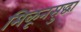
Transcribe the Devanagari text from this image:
मिळूनसुद्धा